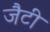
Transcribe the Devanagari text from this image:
जैटी